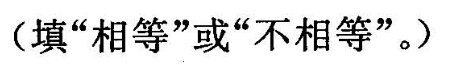
(填”相等”或”不相等”。)